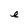
Character: e